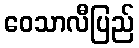
ဝေသာလီပြည်